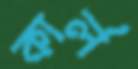
কার্ল